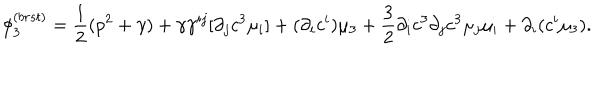
\phi _ { 3 } ^ { ( b r s t ) } = \frac { 1 } { 2 } ( p ^ { 2 } + \gamma ) + \gamma \gamma ^ { i j } [ \partial _ { j } c ^ { 3 } \mu _ { i } ] + ( \partial _ { i } c ^ { i } ) \mu _ { 3 } + \frac { 3 } { 2 } \partial _ { i } c ^ { 3 } \partial _ { j } c ^ { 3 } \mu _ { j } \mu _ { i } + \partial _ { i } ( c ^ { i } \mu _ { 3 } ) .